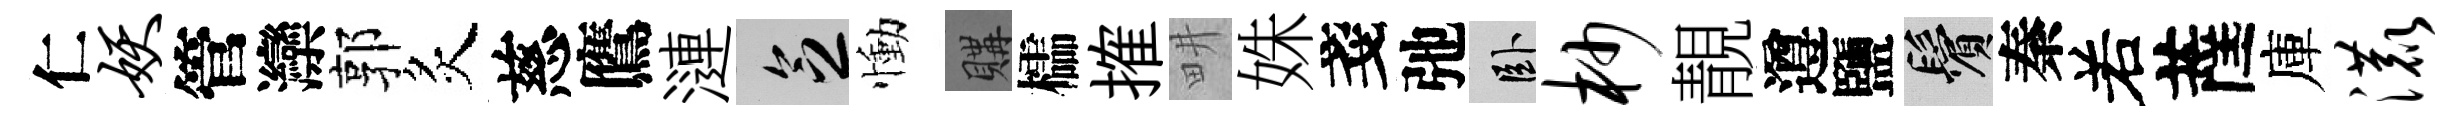
仁妖管灤郭炙慈鷹漣乏慟購櫺搉畊姝戔弛卧杪靚遵鹽鬢秦𠰥薩庫漉